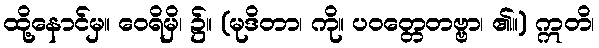
ထို့နောင်မှ။ ဝေရိမှိ၊ ၌။ (မုဒိတာ၊ ကို။ ပဝတ္တေတဗ္ဗာ၊ ၏။) ဣတိ၊